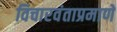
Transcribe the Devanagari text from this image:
विचारवंताप्रमाणे